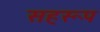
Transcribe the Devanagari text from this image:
सहरूप